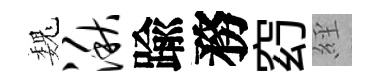
巍湫踰務𥥆𦀇